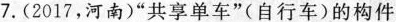
7.(2017，河南)”共享单车”(自行车)的构件